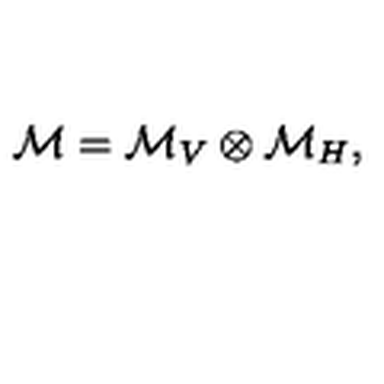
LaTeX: \mathcal { M } = \mathcal { M } _ { V } \otimes \mathcal { M } _ { H } ,